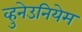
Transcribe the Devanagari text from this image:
व्हुनेउनियेम